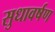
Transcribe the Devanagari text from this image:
सुधावर्षण